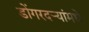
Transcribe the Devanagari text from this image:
डोंगरदऱ्यांमधे